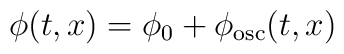
{\phi}(t,x)=\phi_0 +  {\phi}_{\rm {osc}}(t,x)